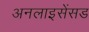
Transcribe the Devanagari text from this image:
अनलाइसेंसड